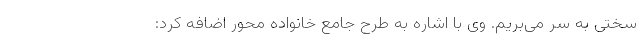
سختی به سر می‌بریم. وی با اشاره به طرح جامع خانواده محور اضافه کرد: